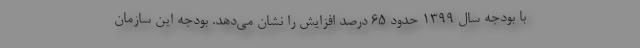
با بودجه سال ۱۳۹۹ حدود ۶۵ درصد افزایش را نشان می‌دهد. بودجه این سازمان